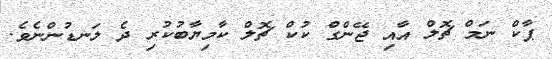
ޕާކް ނަމް ޗޮލް އާއި ޖޭންގް ކުކް ޗޮލް ކާމިޔާބުކުރި ދެ ލަނޑުންނެވެ.